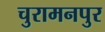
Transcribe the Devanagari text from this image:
चुरामनपुर